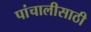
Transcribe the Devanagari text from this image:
पांचालीसाठी